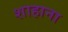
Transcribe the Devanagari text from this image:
शाहाना